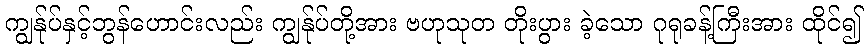
ကျွန်ုပ်နှင့်ဘွန်ဟောင်းလည်း ကျွန်ုပ်တို့အား ဗဟုသုတ တိုးပွား ခဲ့သော ဂုရုခန့်ကြီးအား ထိုင်၍